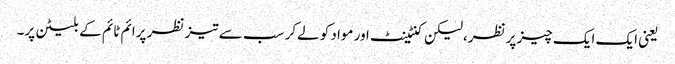
یعنی ایک ایک چیز پر نظر،لیکن کنٹینٹ اور مواد کو لےکر سب سے تیز نظر پرائم ٹائم کے بلیٹن پر۔